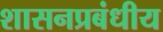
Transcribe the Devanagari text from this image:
शासनप्रबंधीय